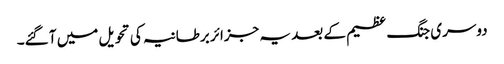
دوسری جنگ عظیم کے بعد یہ جزائر برطانیہ کی تحویل میں آ گئے۔